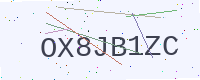
Text: OX8JB1ZC